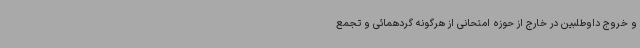
و خروج داوطلبین در خارج از حوزه امتحانی از هرگونه گردهمائی و تجمع